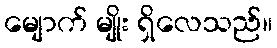
မျောက် မျိုး ရှိလေသည်။